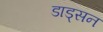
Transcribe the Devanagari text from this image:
डाड्सन